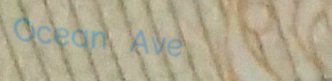
Ocean Ave